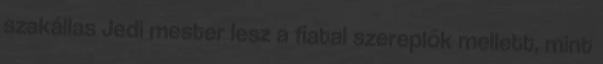
szakállas Jedi mester lesz a fiatal szereplők mellett, mint